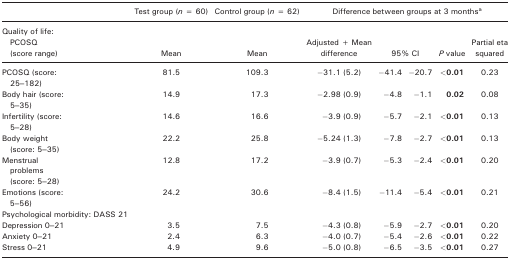
<table><thead><tr><td></td><td><b>Test group (<i>n</i> = 60)</b></td><td><b>Control group (<i>n</i> = 62)</b></td><td colspan="5"><b>Difference between groups at 3 monthsa</b></td></tr><tr><td><b>Quality of life: PCOSQ (score range)</b></td><td><b>Mean</b></td><td><b>Mean</b></td><td><b>Adjusted + Mean difference</b></td><td colspan="2"><b>95% CI</b></td><td><b><i>P</i> value</b></td><td><b>Partial eta squared</b></td></tr></thead><tbody><tr><td>PCOSQ (score: 25–182)</td><td>81.5</td><td>109.3</td><td>−31.1 (5.2)</td><td>−41.4</td><td>−20.7</td><td><b>&lt;0.01</b></td><td>0.23</td></tr><tr><td>Body hair (score: 5–35)</td><td>14.9</td><td>17.3</td><td>−2.98 (0.9)</td><td>−4.8</td><td>−1.1</td><td><b>0.02</b></td><td>0.08</td></tr><tr><td>Infertility (score:5–28)</td><td>14.6</td><td>16.6</td><td>−3.9 (0.9)</td><td>−5.7</td><td>−2.1</td><td><b>&lt;0.01</b></td><td>0.13</td></tr><tr><td>Body weight (score: 5–35)</td><td>22.2</td><td>25.8</td><td>−5.24 (1.3)</td><td>−7.8</td><td>−2.7</td><td><b>&lt;0.01</b></td><td>0.13</td></tr><tr><td>Menstrual problems (score: 5–28)</td><td>12.8</td><td>17.2</td><td>−3.9 (0.7)</td><td>−5.3</td><td>−2.4</td><td><b>&lt;0.01</b></td><td>0.20</td></tr><tr><td>Emotions (score: 5–56)</td><td>24.2</td><td>30.6</td><td>−8.4 (1.5)</td><td>−11.4</td><td>−5.4</td><td><b>&lt;0.01</b></td><td>0.21</td></tr><tr><td>Psychological morbidity: DASS 21</td><td></td><td></td><td></td><td></td><td></td><td></td><td></td></tr><tr><td>Depression 0–21</td><td>3.5</td><td>7.5</td><td>−4.3 (0.8)</td><td>−5.9</td><td>−2.7</td><td><b>&lt;0.01</b></td><td>0.20</td></tr><tr><td>Anxiety 0–21</td><td>2.4</td><td>6.3</td><td>−4.0 (0.7)</td><td>−5.4</td><td>−2.6</td><td><b>&lt;0.01</b></td><td>0.22</td></tr><tr><td>Stress 0–21</td><td>4.9</td><td>9.6</td><td>−5.0 (0.8)</td><td>−6.5</td><td>−3.5</td><td><b>&lt;0.01</b></td><td>0.27</td></tr></tbody></table>